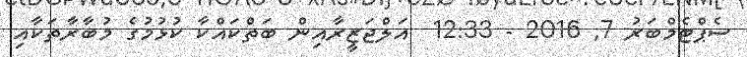
ސެޕްޓެމްބަރު 7